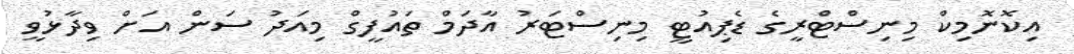
އިކޮނޮމިކް މިނިސްޓްރީގެ ޑެޕިއުޓީ މިނިސްޓަރު އާދަމް ތައުފީގް މިއަދު ސަން އަށް ވިދާޅުވީ